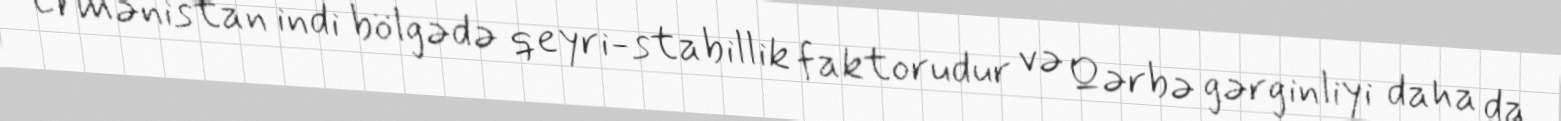
Ermənistan indi bölgədə qeyri-stabillik faktorudur və Qərbə gərginliyi daha da